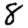
Digit: 8